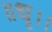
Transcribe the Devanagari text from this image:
॥धृ।।